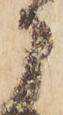
に